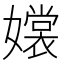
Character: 𡣖